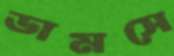
ডামসে